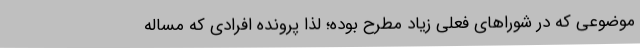
موضوعی که در شوراهای فعلی زیاد مطرح بوده؛ لذا پرونده افرادی که مساله